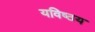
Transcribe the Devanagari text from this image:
यविष्ठय